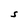
Character: S